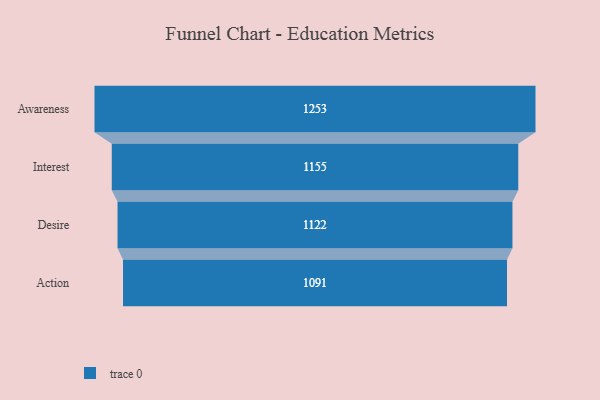
{"axis": {"x": "Stage", "y": "Value"}, "legend": [""], "data": [{"x": "Awareness", "y": 1253.0, "type": ""}, {"x": "Interest", "y": 1155.0, "type": ""}, {"x": "Desire", "y": 1122.0, "type": ""}, {"x": "Action", "y": 1091.0, "type": ""}]}